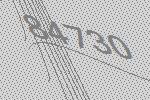
84730